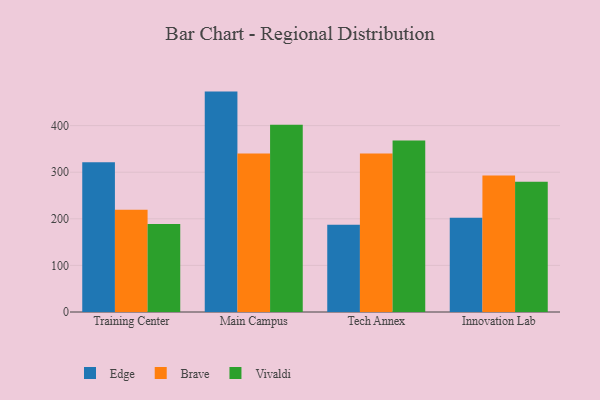
{"axis": {"x": "Campus", "y": "Inventory Turnover"}, "legend": ["Brave", "Edge", "Vivaldi"], "data": [{"x": "Training Center", "y": 321.5, "type": "Edge"}, {"x": "Training Center", "y": 219.6, "type": "Brave"}, {"x": "Training Center", "y": 188.9, "type": "Vivaldi"}, {"x": "Main Campus", "y": 473.0, "type": "Edge"}, {"x": "Main Campus", "y": 339.9, "type": "Brave"}, {"x": "Main Campus", "y": 402.1, "type": "Vivaldi"}, {"x": "Tech Annex", "y": 187.1, "type": "Edge"}, {"x": "Tech Annex", "y": 339.9, "type": "Brave"}, {"x": "Tech Annex", "y": 367.9, "type": "Vivaldi"}, {"x": "Innovation Lab", "y": 202.3, "type": "Edge"}, {"x": "Innovation Lab", "y": 292.7, "type": "Brave"}, {"x": "Innovation Lab", "y": 279.4, "type": "Vivaldi"}]}